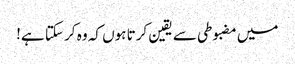
میں مضبوطی سے یقین کرتا ہوں کہ وہ کر سکتا ہے!